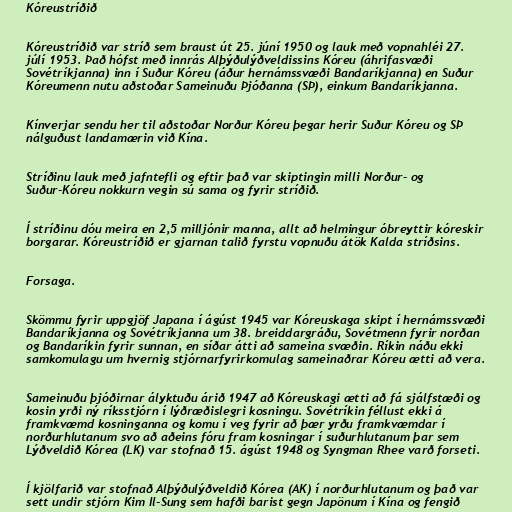
Kóreustríðið

Kóreustríðið var stríð sem braust út 25. júní 1950 og lauk með vopnahléi 27.
júlí 1953. Það hófst með innrás Alþýðulýðveldissins Kóreu (áhrifasvæði
Sovétríkjanna) inn í Suður Kóreu (áður hernámssvæði Bandaríkjanna) en Suður
Kóreumenn nutu aðstoðar Sameinuðu Þjóðanna (SÞ), einkum Bandaríkjanna.

Kínverjar sendu her til aðstoðar Norður Kóreu þegar herir Suður Kóreu og SÞ
nálguðust landamærin við Kína.

Stríðinu lauk með jafntefli og eftir það var skiptingin milli Norður- og
Suður-Kóreu nokkurn vegin sú sama og fyrir stríðið.

Í stríðinu dóu meira en 2,5 milljónir manna, allt að helmingur óbreyttir kóreskir
borgarar. Kóreustríðið er gjarnan talið fyrstu vopnuðu átök Kalda stríðsins.

Forsaga.

Skömmu fyrir uppgjöf Japana í ágúst 1945 var Kóreuskaga skipt í hernámssvæði
Bandaríkjanna og Sovétríkjanna um 38. breiddargráðu, Sovétmenn fyrir norðan
og Bandaríkin fyrir sunnan, en síðar átti að sameina svæðin. Ríkin náðu ekki
samkomulagu um hvernig stjórnarfyrirkomulag sameinaðrar Kóreu ætti að vera.

Sameinuðu þjóðirnar ályktuðu árið 1947 að Kóreuskagi ætti að fá sjálfstæði og
kosin yrði ný ríksstjórn í lýðræðislegri kosningu. Sovétríkin féllust ekki á
framkvæmd kosninganna og komu í veg fyrir að þær yrðu framkvæmdar í
norðurhlutanum svo að aðeins fóru fram kosningar í suðurhlutanum þar sem
Lýðveldið Kórea (LK) var stofnað 15. ágúst 1948 og Syngman Rhee varð forseti.

Í kjölfarið var stofnað Alþýðulýðveldið Kórea (AK) í norðurhlutanum og það var
sett undir stjórn Kim Il-Sung sem hafði barist gegn Japönum í Kína og fengið